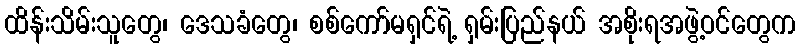
ထိန်းသိမ်းသူတွေ၊ ဒေသခံတွေ၊ စစ်ကော်မရှင်ရဲ့ ရှမ်းပြည်နယ် အစိုးရအဖွဲ့ဝင်တွေက